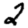
Digit: 2